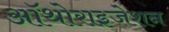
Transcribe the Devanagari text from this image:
ऑथोराइजेशन